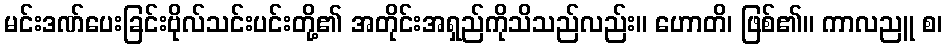
မင်းဒဏ်ပေးခြင်းဗိုလ်သင်းပင်းတို့၏ အတိုင်းအရှည်ကိုသိသည်လည်း။ ဟောတိ၊ ဖြစ်၏။ ကာလညူ စ၊